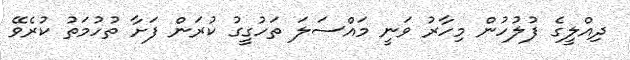
ދިއްލީގެ ފުލުހުން މިހާރު ވަނީ މައްސަލަ ތަހުގީގު ކުރަން ފަށާ ތުހުމަތު ކުރެވޭ